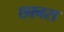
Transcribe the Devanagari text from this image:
छाबरा